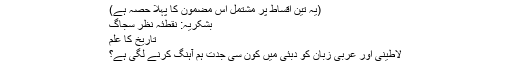
(یہ تین اقساط پر مشتمل اس مضمون کا پہلا حصہ ہے)
بشکریہ: نقطئہ نظر سجاگ
تاریخ کا علم
لاطینی اور عربی زبان کو دبئی میں کون سی جدت ہم آہنگ کرنے لگی ہے؟